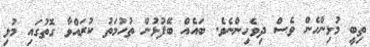
ތިބީ މުޅިންހެން ވެސް ދިވެހިންނެވެ. ބައެއް ބޭފުޅުން ތުހުމަތު ކުރައްވާ ގޮތުގައި މުޅި